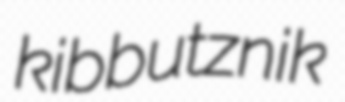
kibbutznik